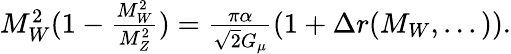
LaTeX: \begin{array}{r}{M_{W}^{2}(1-\frac{M_{W}^{2}}{M_{Z}^{2}})=\frac{\pi\alpha}{\sqrt{2}G_{\mu}}(1+\Delta r(M_{W},...)).}\end{array}